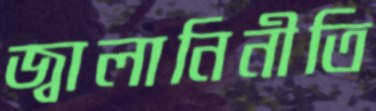
জ্বালানিনীতি